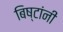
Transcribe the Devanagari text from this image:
बिष्टांनी